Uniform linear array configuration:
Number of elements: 12
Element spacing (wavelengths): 0.5
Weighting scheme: kaiser
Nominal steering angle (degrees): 60
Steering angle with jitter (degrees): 59.125
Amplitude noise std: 0.05
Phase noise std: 0.05

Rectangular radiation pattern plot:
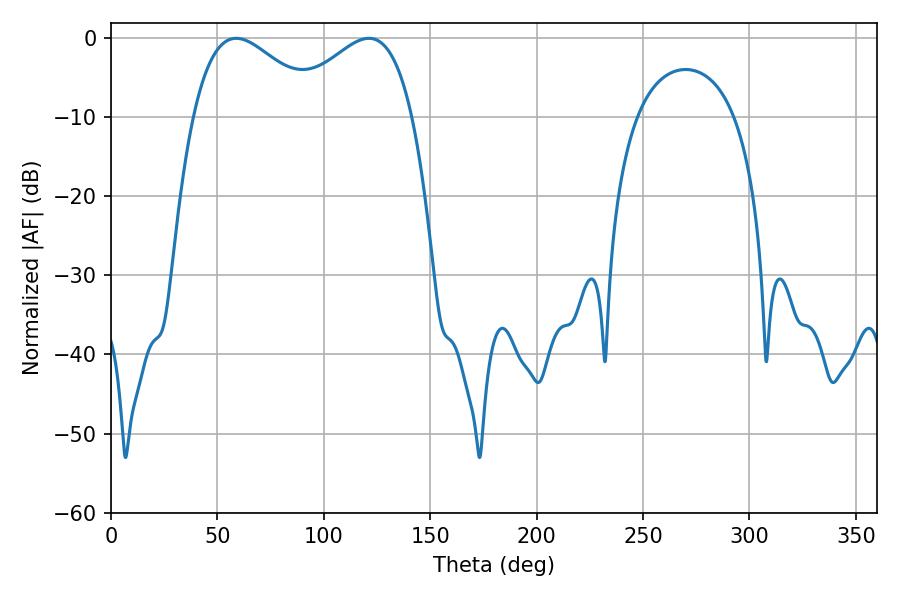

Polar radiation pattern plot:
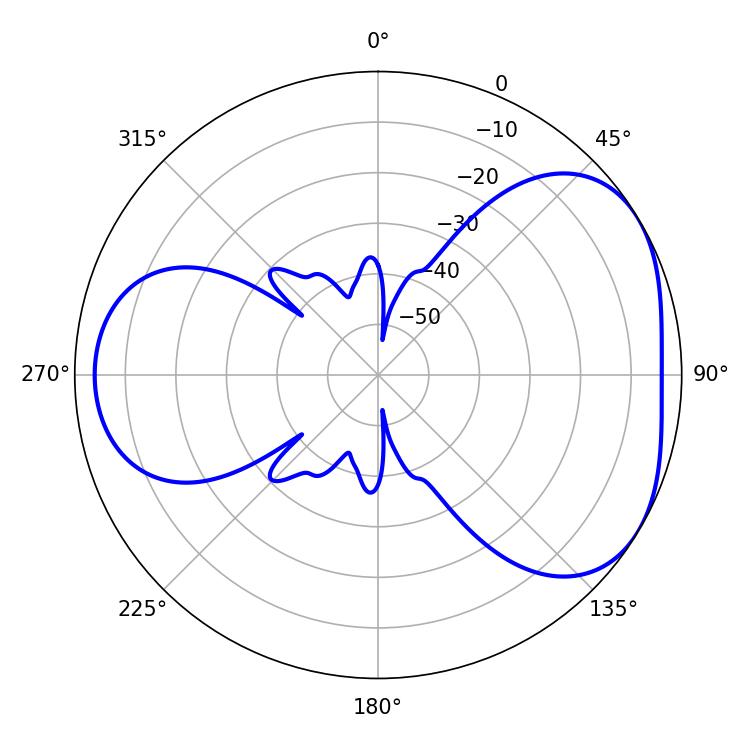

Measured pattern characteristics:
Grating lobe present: FALSE
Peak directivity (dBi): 4.14
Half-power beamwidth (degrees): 32.58
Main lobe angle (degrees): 58.86